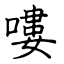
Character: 嘍